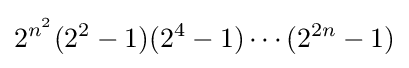
2^{n^{2}}(2^{2}-1)(2^{4}-1)\cdots (2^{2n}-1)